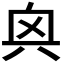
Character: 𫤭